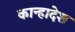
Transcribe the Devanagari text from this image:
कान्हादेश